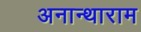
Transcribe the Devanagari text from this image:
अनान्थाराम